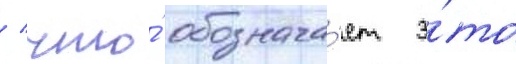
/ что́ обознача́ет э́то